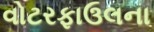
વોટરફાઉલના